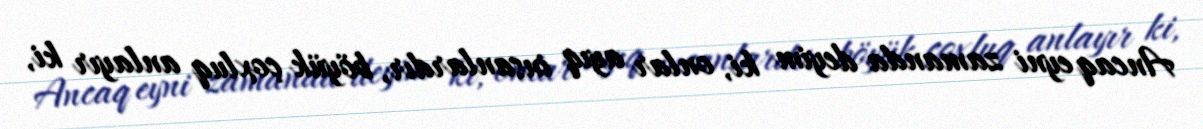
Ancaq eyni zamanda deyim ki, onlar ayıq insanlardır, böyük çoxluq anlayır ki,